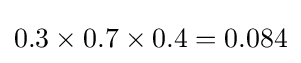
0.3\times 0.7\times 0.4=0.084